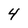
Character: 4